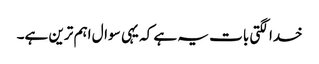
خدا لگتی بات یہ ہے کہ یہی سوال اہم ترین ہے۔